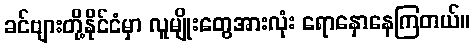
ခင်ဗျားတို့နိုင်ငံမှာ လူမျိုးတွေအားလုံး ရောနှောနေကြတယ်။